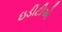
ઇડીટીએ